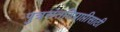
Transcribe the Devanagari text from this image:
पुत्रसंततिप्राप्तीसाठी